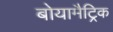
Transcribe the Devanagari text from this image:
बोयामैट्रिक